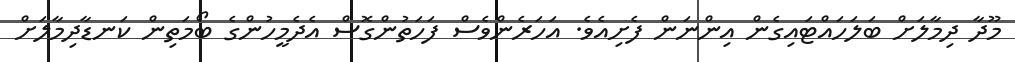
މޫދާ ދިމާލަށް ބަލަހައްޓައިގެން އިންނަން ފެށިއެވެ. އަހަރެންވެސް ފަހަތުންގޮސް އެދެމީހުންގެ ބޯމަތިން ކަނޑާދިމާލަށް